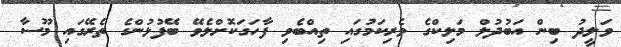
ވަލީދު ބިން އަބުދުލް މަލިކްގެ ވެރިކަމުގައި ތިއްބެވި ފާހަގަކޮށްލެވޭ ބޭފުޅުންގެ ތެރޭގައި މޫސާ